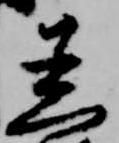
着